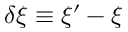
\delta \xi \equiv \xi ^ { \prime } - \xi